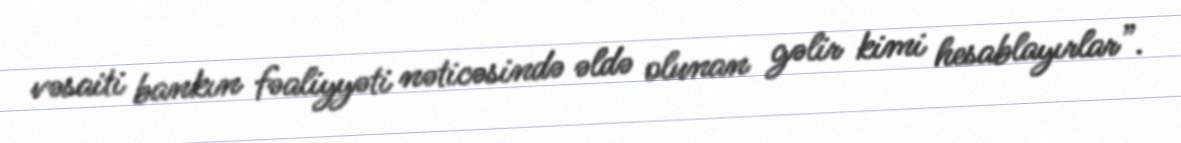
vəsaiti bankın fəaliyyəti nəticəsində əldə olunan gəlir kimi hesablayırlar”.